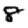
Digit: 8